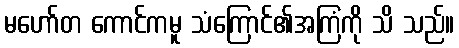
မဟော်တ ကောင်ကမူ သံကြောင်၏အကြံကို သိ သည်။